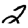
Digit: 2